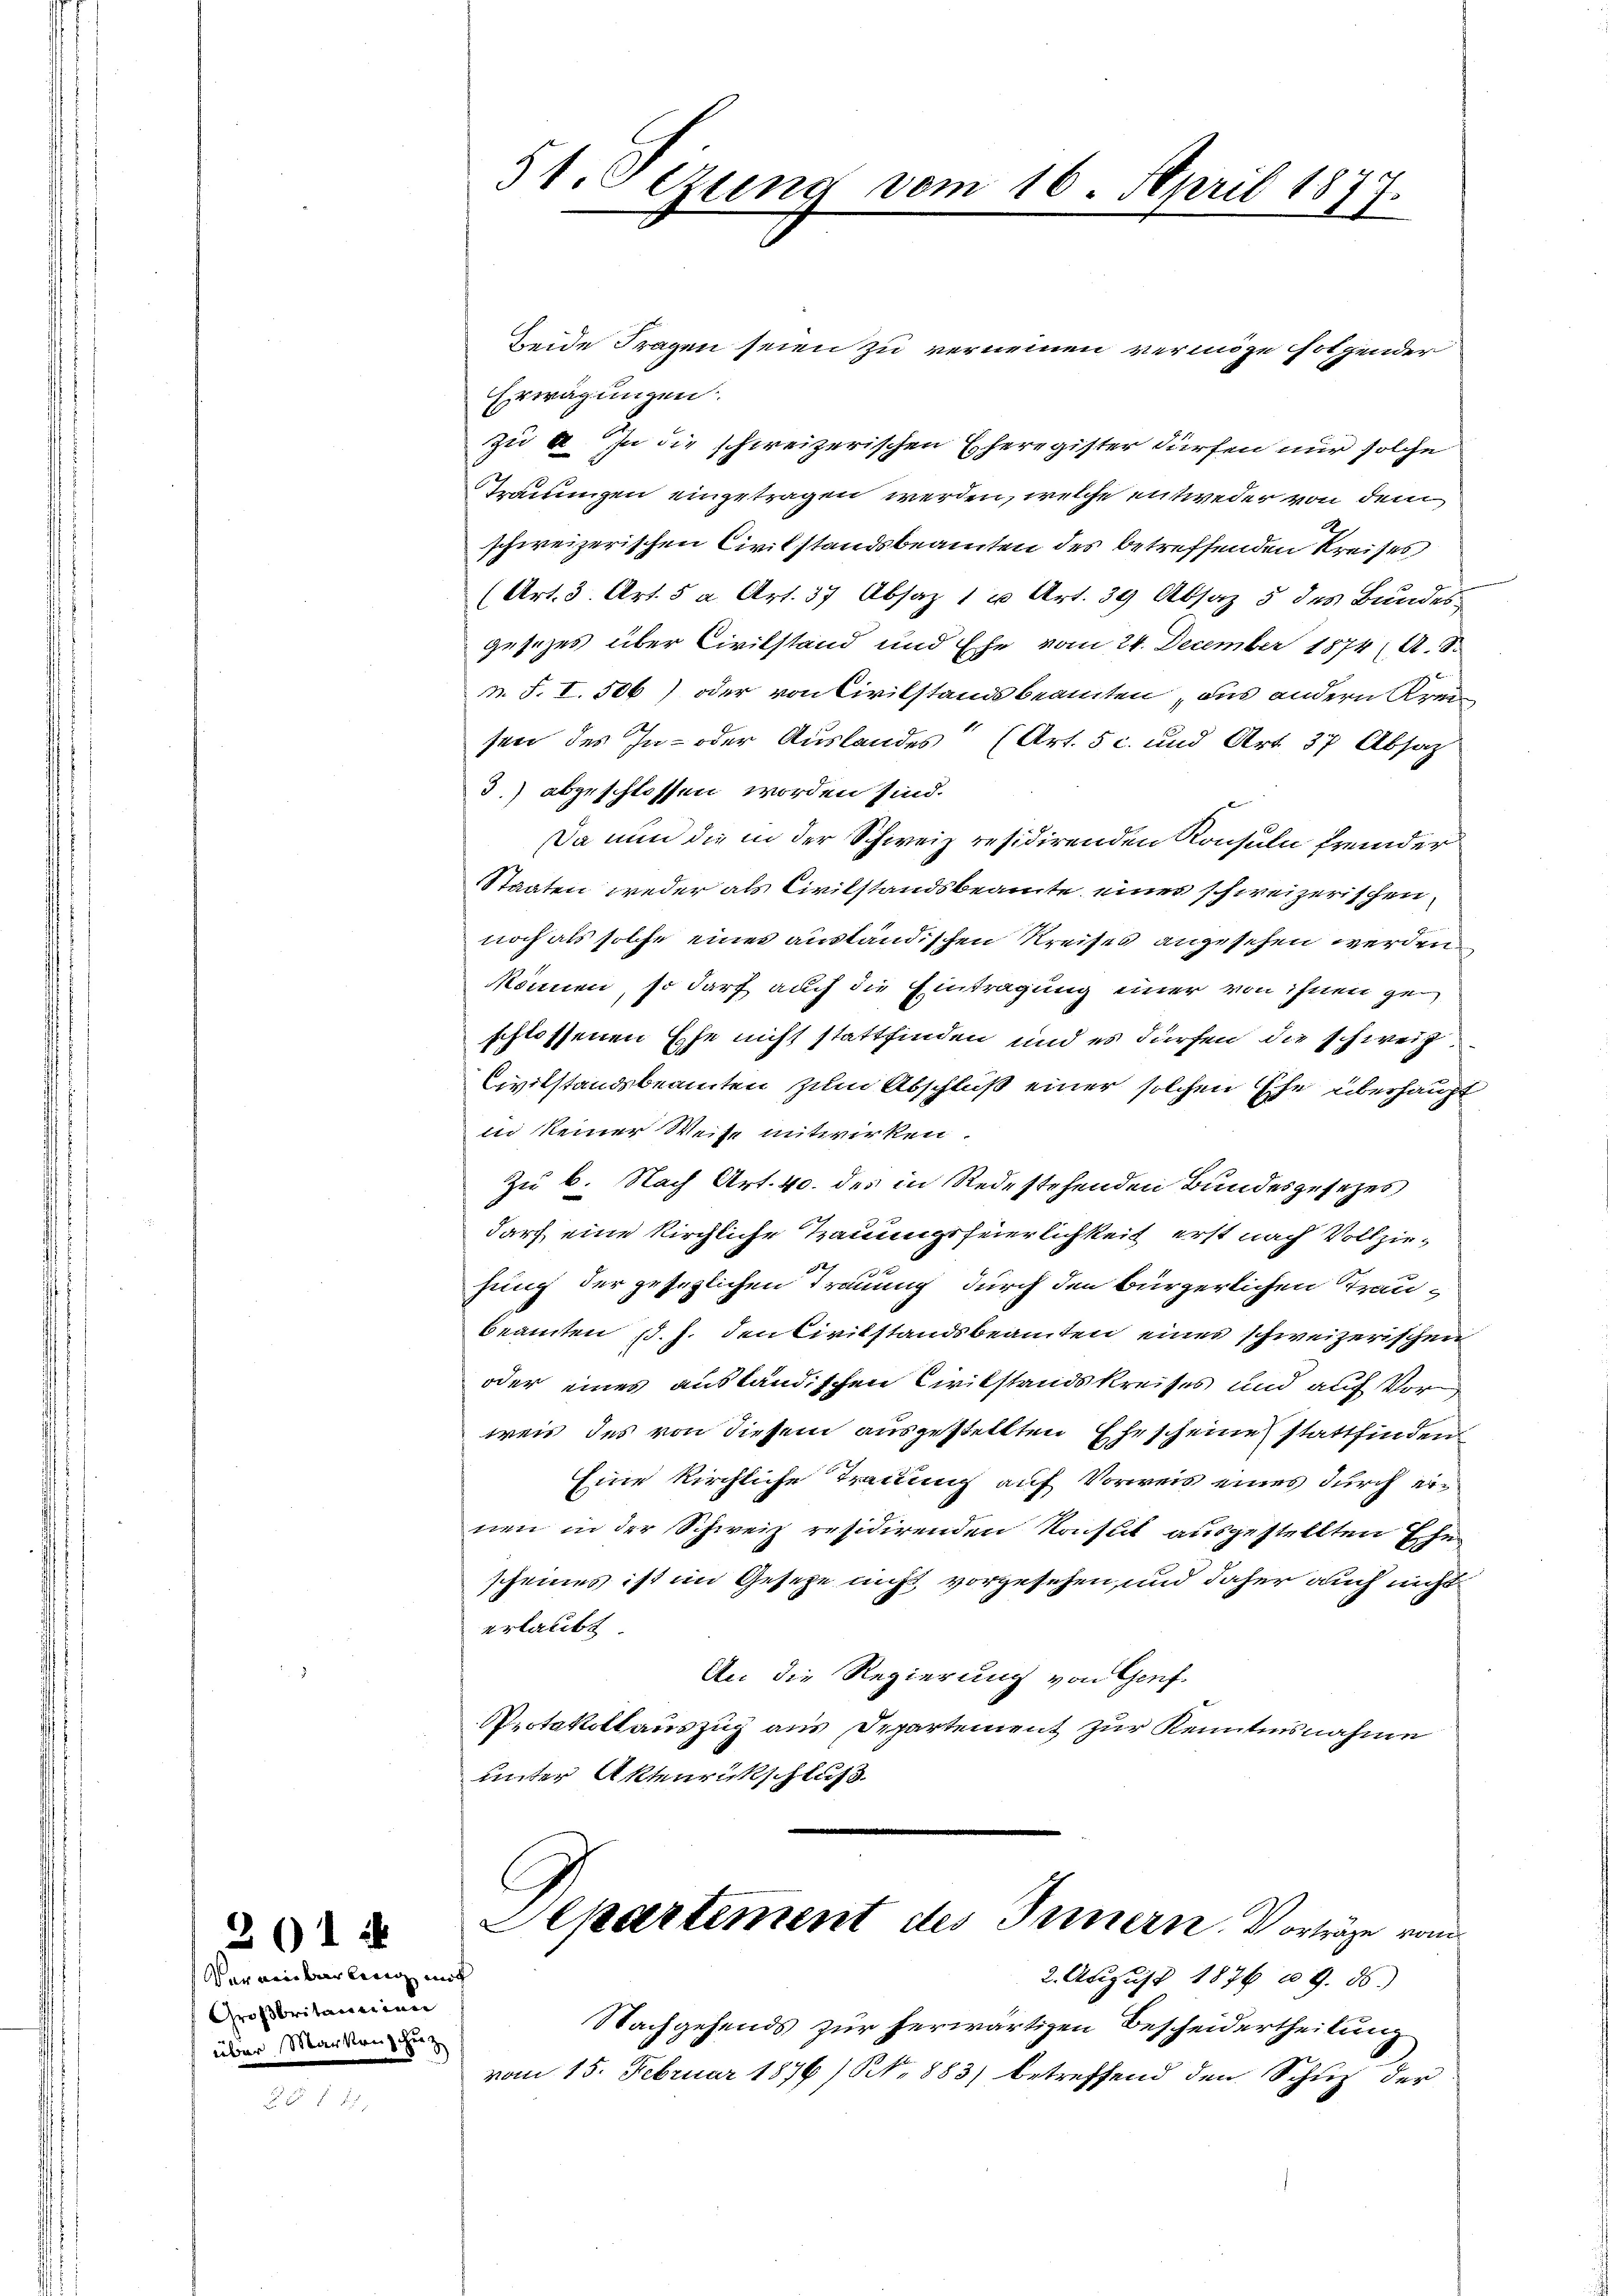
261

Vereinbarling mit
Großbritannien
über Markenscheiz

51. Sezung vom 16. April 1877.

beide Fragen seien zu verneinen vermöge solchender
Erwägungen.
zu a. In die schweizerischen Eheregister dürfen nur solche
Trauungen eingetragen werden, welche entweder von dem
schweizerischen Civilstandsbeamten des betreffenden Kreises
(Art. 3. Art. 5 a Art. 37 Absaz 1 u Art. 39 Absaz 5 des Bundesgesezes über Civilstand und Ehe vom 24. December 1874 (A. S.
n. F. I. 506) oder von Civilstandsbeamten aus andern Kreisen des In- oder Auslandes (Art. 5 c. und Art. 37 Absatz
3.) abgeschlossen worden sind.
Da nun die in der Schweiz residirenden Konsuln fremder
Staaten weder als Civilstandsbeamte eines schweizerischen
noch als solche eines ausländischen Kreises angesehen werden
können, so darf auch die Eintragung einer von ihnen geschlossenen Ehe nicht stattfinden und es dürfen die schweiz
Civilstandsbeamten zum Abschluß einer solchen Ehe überhaupt
in keiner Weise mitwirken
Zu b. Nach Art. 40. des in Redestehenden Bundesgesetzes
darf eine kirchliche Trauungsfeierlichkeit erst nach Vollziehung der gesetzlichen Trauung durch den bürgerlichen Traubeamten (d. h. den Civilstandsbeamten eines schweizerischen
oder eines ausländischen Civilstandskreises und auf Vorweis des von diesem ausgestellten Ehescheine stattfinden
Eine kirchliche Trauung auf Vorweis eines durch einen in der Schweiz residirenden Konsul ausgestellten Ehe-
scheines ist im Gesetze nicht vorgesehen, und daher auch nicht
erlaubt
An die Regierung von Genf
Vertakeltauszug aus Departement zur Kenntnisnahme
unter Aktenrückschluß
Separtement des Innern. Vorträge vom
2. August 1876 u. 9. ds.
Nachgehends zur herwärtigen Bescheidertheilung
vom 15. Februar 1876/ N. 883) betreffend den Schup der